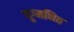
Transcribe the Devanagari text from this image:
युग्‍मनित